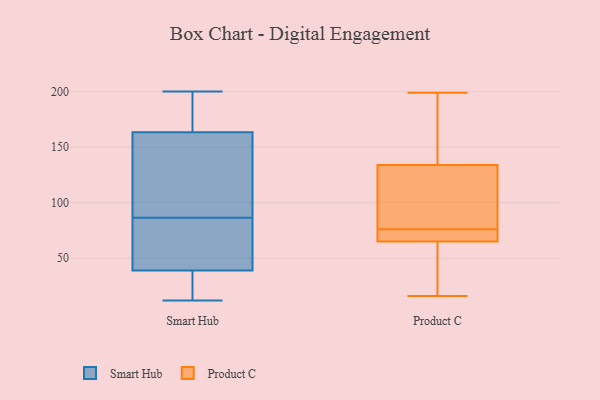
{"axis": {"x": "LTV (USD)", "y": "Value"}, "legend": ["Product C", "Smart Hub"], "data": [{"x": "", "y": 14, "type": "Smart Hub"}, {"x": "", "y": 144, "type": "Smart Hub"}, {"x": "", "y": 57, "type": "Smart Hub"}, {"x": "", "y": 183, "type": "Smart Hub"}, {"x": "", "y": 133, "type": "Smart Hub"}, {"x": "", "y": 49, "type": "Smart Hub"}, {"x": "", "y": 200, "type": "Smart Hub"}, {"x": "", "y": 57, "type": "Smart Hub"}, {"x": "", "y": 12, "type": "Smart Hub"}, {"x": "", "y": 116, "type": "Smart Hub"}, {"x": "", "y": 29, "type": "Smart Hub"}, {"x": "", "y": 186, "type": "Smart Hub"}, {"x": "", "y": 134, "type": "Product C"}, {"x": "", "y": 65, "type": "Product C"}, {"x": "", "y": 97, "type": "Product C"}, {"x": "", "y": 25, "type": "Product C"}, {"x": "", "y": 74, "type": "Product C"}, {"x": "", "y": 35, "type": "Product C"}, {"x": "", "y": 188, "type": "Product C"}, {"x": "", "y": 70, "type": "Product C"}, {"x": "", "y": 78, "type": "Product C"}, {"x": "", "y": 92, "type": "Product C"}, {"x": "", "y": 199, "type": "Product C"}, {"x": "", "y": 152, "type": "Product C"}, {"x": "", "y": 16, "type": "Product C"}, {"x": "", "y": 68, "type": "Product C"}]}